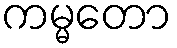
ကမ္မတော